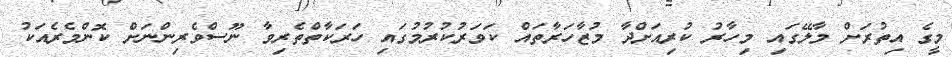
މީގެ އިތުރަށް މާލޭގައި މިހާރު ކުރިއަށްދާ މުޒާހަރާތައް ކަވަރުކުރުމުގައި ހަރަކާތްތެރިވާ ނޫސްވެރިންނަށް ކޮންމެރެއަކު